Lunatic asylums Punjab 1881-1894 - 1881-1894
Year: 1881
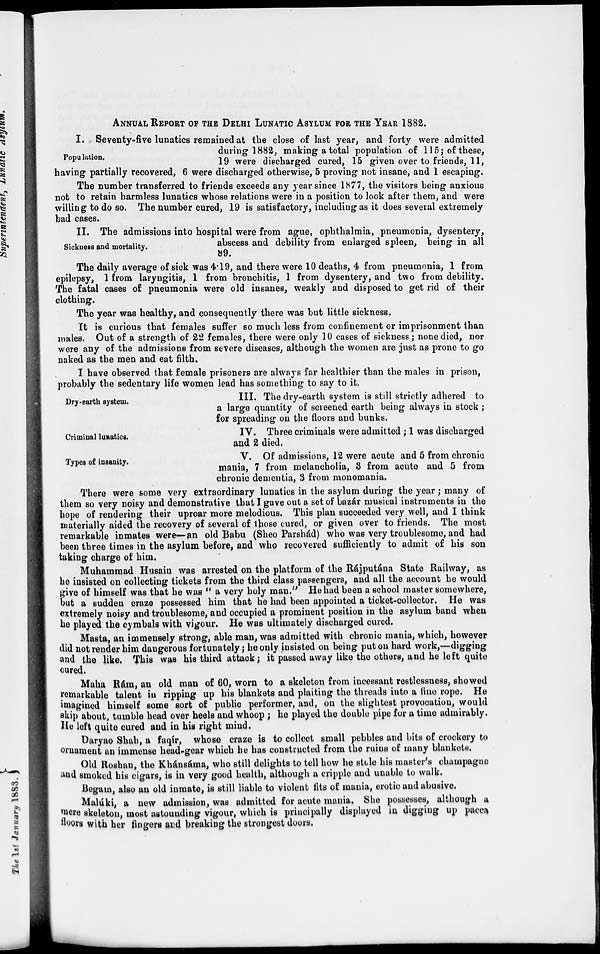
ANNUAL REPORT OF THE DELHI LUNATIC ASYLUM FOR THE YEAR 1882.
Population.
I. Seventy-five lunatics remained at the close of last year, and forty were admitted
during 1882, making a total population of 115 ; of these,
19 were discharged cured, 15 given over to friends, 11,
having partially recovered, 6 were discharged otherwise, 5 proving not insane, and 1 escaping.
The number transferred to friends exceeds any year since 1877, the visitors being anxious
not to retain harmless lunatics whose relations were in a position to look after them, and were
willing to do so. The number cured, 19 is satisfactory, including as it does several extremely
bad cases.
Sickness and mortality.
II. The admissions into hospital were from ague, ophthalmia, pneumonia, dysentery,
abscess and debility from enlarged spleen, being in all
89.
The daily average of sick was 4.19, and there were 10 deaths, 4 from pneumonia, 1 from
epilepsy, 1 from laryngitis, 1 from bronchitis, 1 from dysentery, and two from debility.
The fatal cases of pneumonia were old insanes, weakly and disposed to get rid of their
clothing.
The year was healthy, and consequently there was but little sickness.
It is curious that females suffer so much less from confinement or imprisonment than
males. Out of a strength of 22 females, there were only 10 cases of sickness; none died, nor
were any of the admissions from severe diseases, although the women are just as prone to go
naked as the men and eat filth.
I have observed that female prisoners are always far healthier than the males in prison,
probably the sedentary life women lead has something to say to it.
Dry-earth system.
III. The dry-earth system is still strictly adhered to
a large quantity of screened earth being always in stock ;
for spreading on the floors and bunks.
Criminal lunatics.
IV. Three criminals were admitted ; 1 was discharged
and 2 died.
Types of insanity.
V. Of admissions, 12 were acute and 5 from chronic
mania, 7 from melancholia, 3 from acute and 5 from
chronic dementia, 3 from monomania.
There were some very extraordinary lunatics in the asylum during the year; many of
them so very noisy and demonstrative that I gave out a set of bazár musical instruments in the
hope of rendering their uproar more melodious. This plan succeeded very well, and I think
materially aided the recovery of several of those cured, or given over to friends. The most
remarkable inmates were—an old Babu (Sheo Parshád) who was very troublesome, and had
been three times in the asylum before, and who recovered sufficiently to admit of his son
taking charge of him.
Muhammad Husain was arrested on the platform of the Rájputána State Railway, as
he insisted on collecting tickets from the third class passengers, and all the account he would
give of himself was that he was " a very holy man." He had been a school master somewhere,
but a sudden craze possessed him that he had been appointed a ticket-collector. He was
extremely noisy and troublesome, and occupied a prominent position in the asylum band when
he played the cymbals with vigour. He was ultimately discharged cured.
Masta, an immensely strong, able man, was admitted with chronic mania, which, however
did not render him dangerous fortunately; he only insisted on being put on hard work,—digging
and the like. This was his third attack; it passed away like the others, and he left quite
cured.
Maha Rám, an old man of 60, worn to a skeleton from incessant restlessness, showed
remarkable talent in ripping up his blankets and plaiting the threads into a fine rope. He
imagined himself some sort of public performer, and, on the slightest provocation, would
skip about, tumble head over heels and whoop ; he played the double pipe for a time admirably.
He left quite cured and in his right mind.
Daryao Shah, a faqír, whose craze is to collect small pebbles and bits of crockery to
ornament an immense head-gear which he has constructed from the ruins of many blankets.
Old Roshan, the Khánsáma, who still delights to tell how he stole his master's champagne
and smoked his cigars, is in very good health, although a cripple and unable to walk.
Begam, also an old inmate, is still liable to violent fits of mania, erotic and abusive.
Malúki, a new admission, was admitted for acute mania. She possesses, although a
mere skeleton, most astounding vigour, which is principally displayed in digging up pacca
floors with her fingers and breaking the strongest doors.